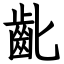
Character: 齔